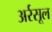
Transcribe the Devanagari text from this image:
अर्रसूल